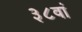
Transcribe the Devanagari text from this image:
३८वां